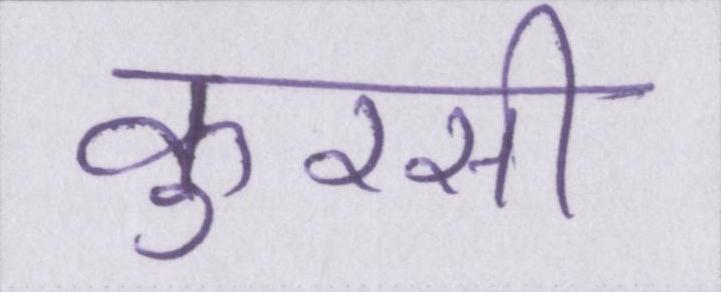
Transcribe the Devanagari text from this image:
कुरसी